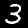
Label: 3